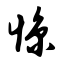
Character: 惊